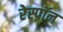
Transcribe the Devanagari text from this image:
रेस्पॉन